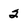
Character: 2